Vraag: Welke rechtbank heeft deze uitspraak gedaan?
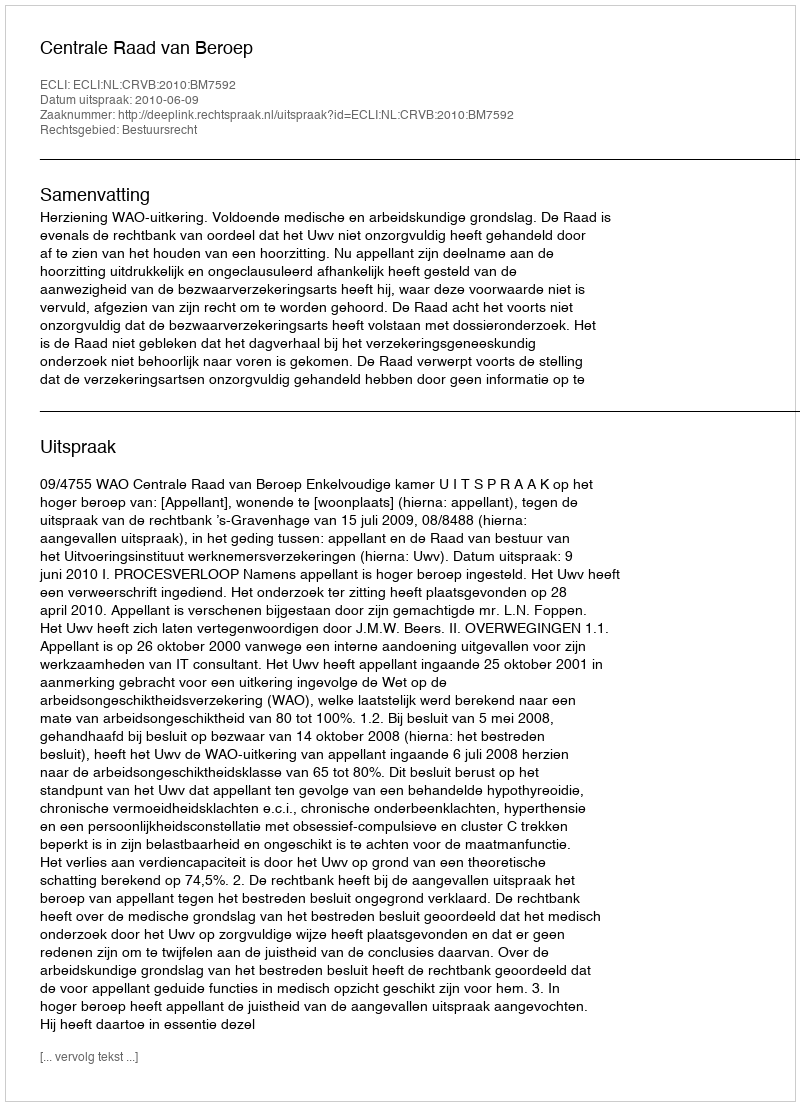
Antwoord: Centrale Raad van Beroep